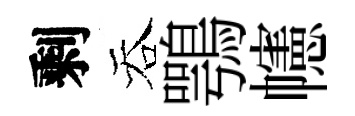
剩吞鶚幰